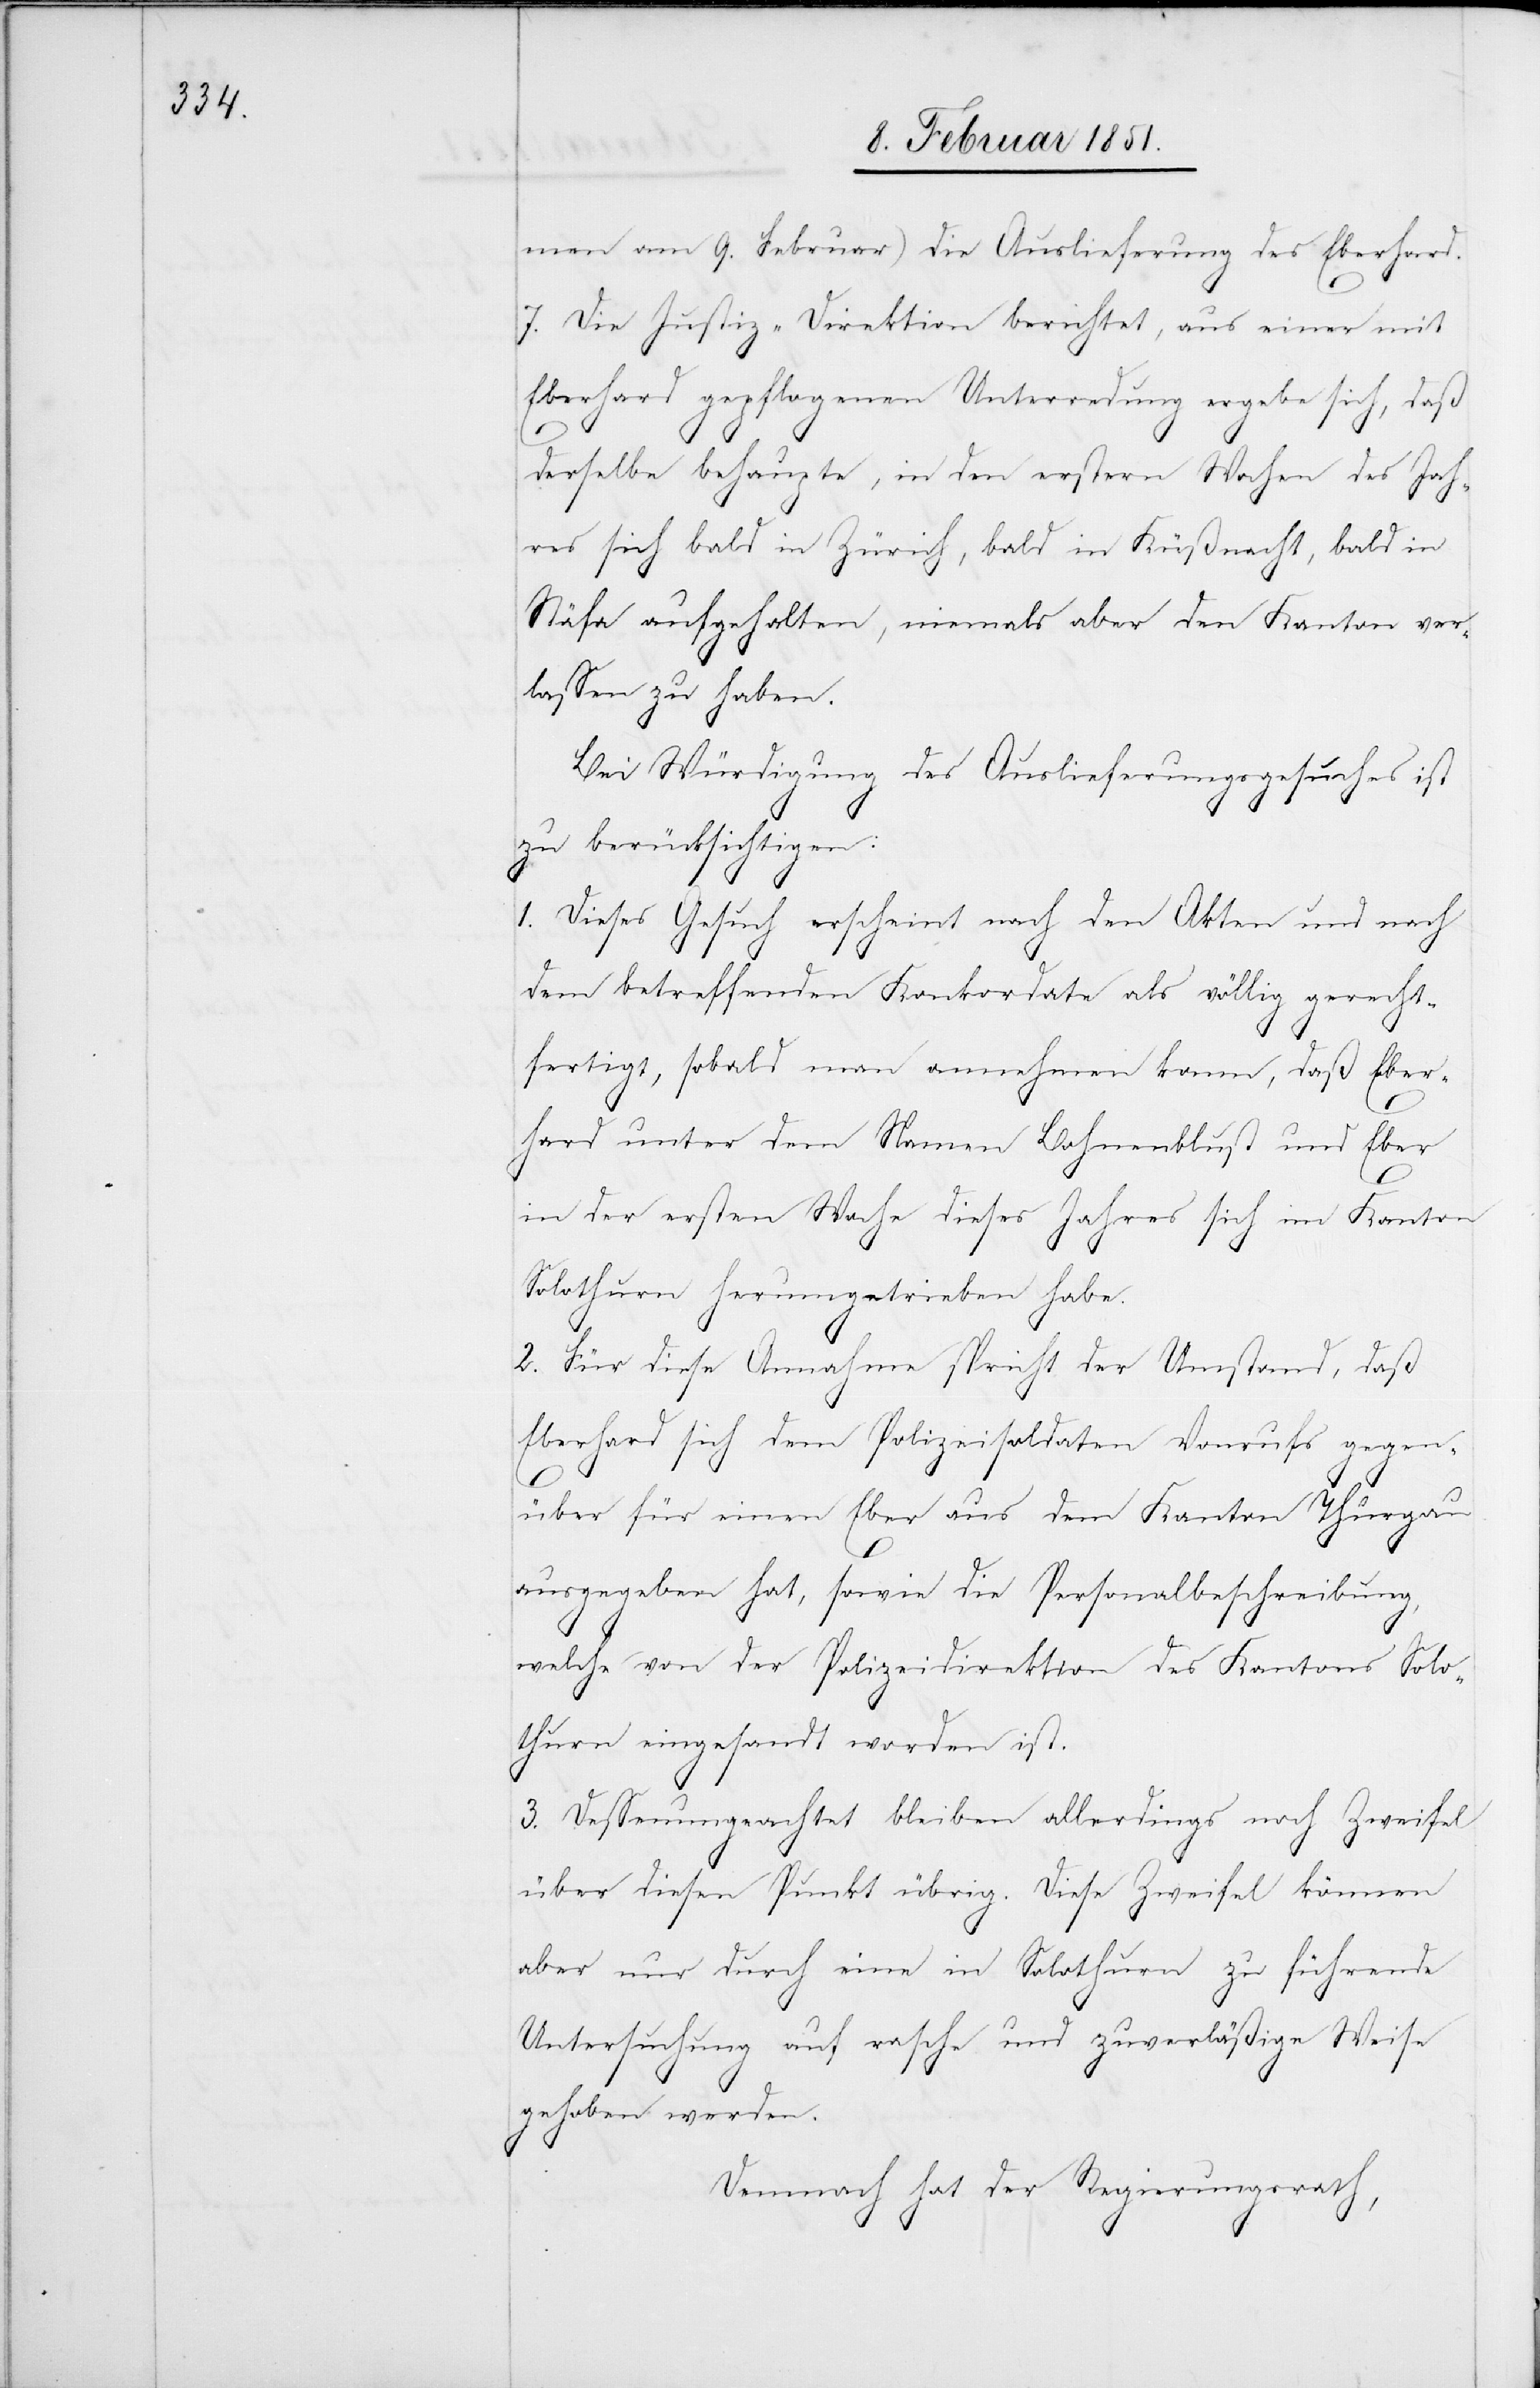
men am 9. Februar) die Auslieferung des Eberhard.
7. Die Justiz-Direktion berichtet, aus einer mit
Eberhard gepflogenen Unterredung ergebe sich, daß
derselbe behaupte, in den erstern Wochen des Jah¬
res sich bald in Zürich, bald in Küßnacht, bald in
Stäfa aufgehalten, niemals aber den Kanton ver¬
lassen zu haben.
Bei Würdigung des Auslieferungsgesuches ist
zu berücksichtigen:
1. Dieses Gesuch erscheint nach den Akten und nach
dem betreffenden Konkordate als völlig gerecht¬
fertigt, sobald man annehmen kann, daß Eber¬
hard unter dem Namen Bohnenblust und Eber
in der ersten Woche dieses Jahres sich im Kanton
Solothurn herumgetrieben habe.
2. Für diese Annahme spricht der Umstand, daß
Eberhard sich dem Polizeisoldaten Vonrufs gegen¬
über für einen Eber aus dem Kanton Thurgau
ausgegeben hat, sowie die Personalbeschreibung,
welche von der Polizeidirektion des Kantons Solo¬
thurn eingesandt worden ist.
3. Dessenungeachtet bleiben allerdings noch Zweifel
über diesen Punkt übrig. Diese Zweifel können
aber nur durch eine in Solothurn zu führende
Untersuchung auf rasche und zuverläßige Weise
gehoben werden.
Demnach hat der Regierungsrath,